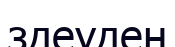
здеуден